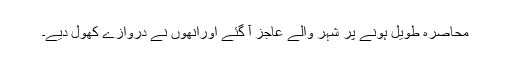
محاصرہ طویل ہونے پر شہر والے عاجز آ گئے اورانھوں نے دروازے کھول دیے۔